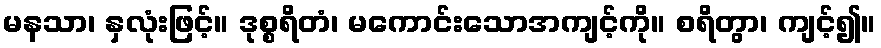
မနသာ၊ နှလုံးဖြင့်။ ဒုစ္စရိတံ၊ မကောင်းသောအကျင့်ကို။ စရိတွာ၊ ကျင့်၍။